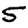
Digit: 5